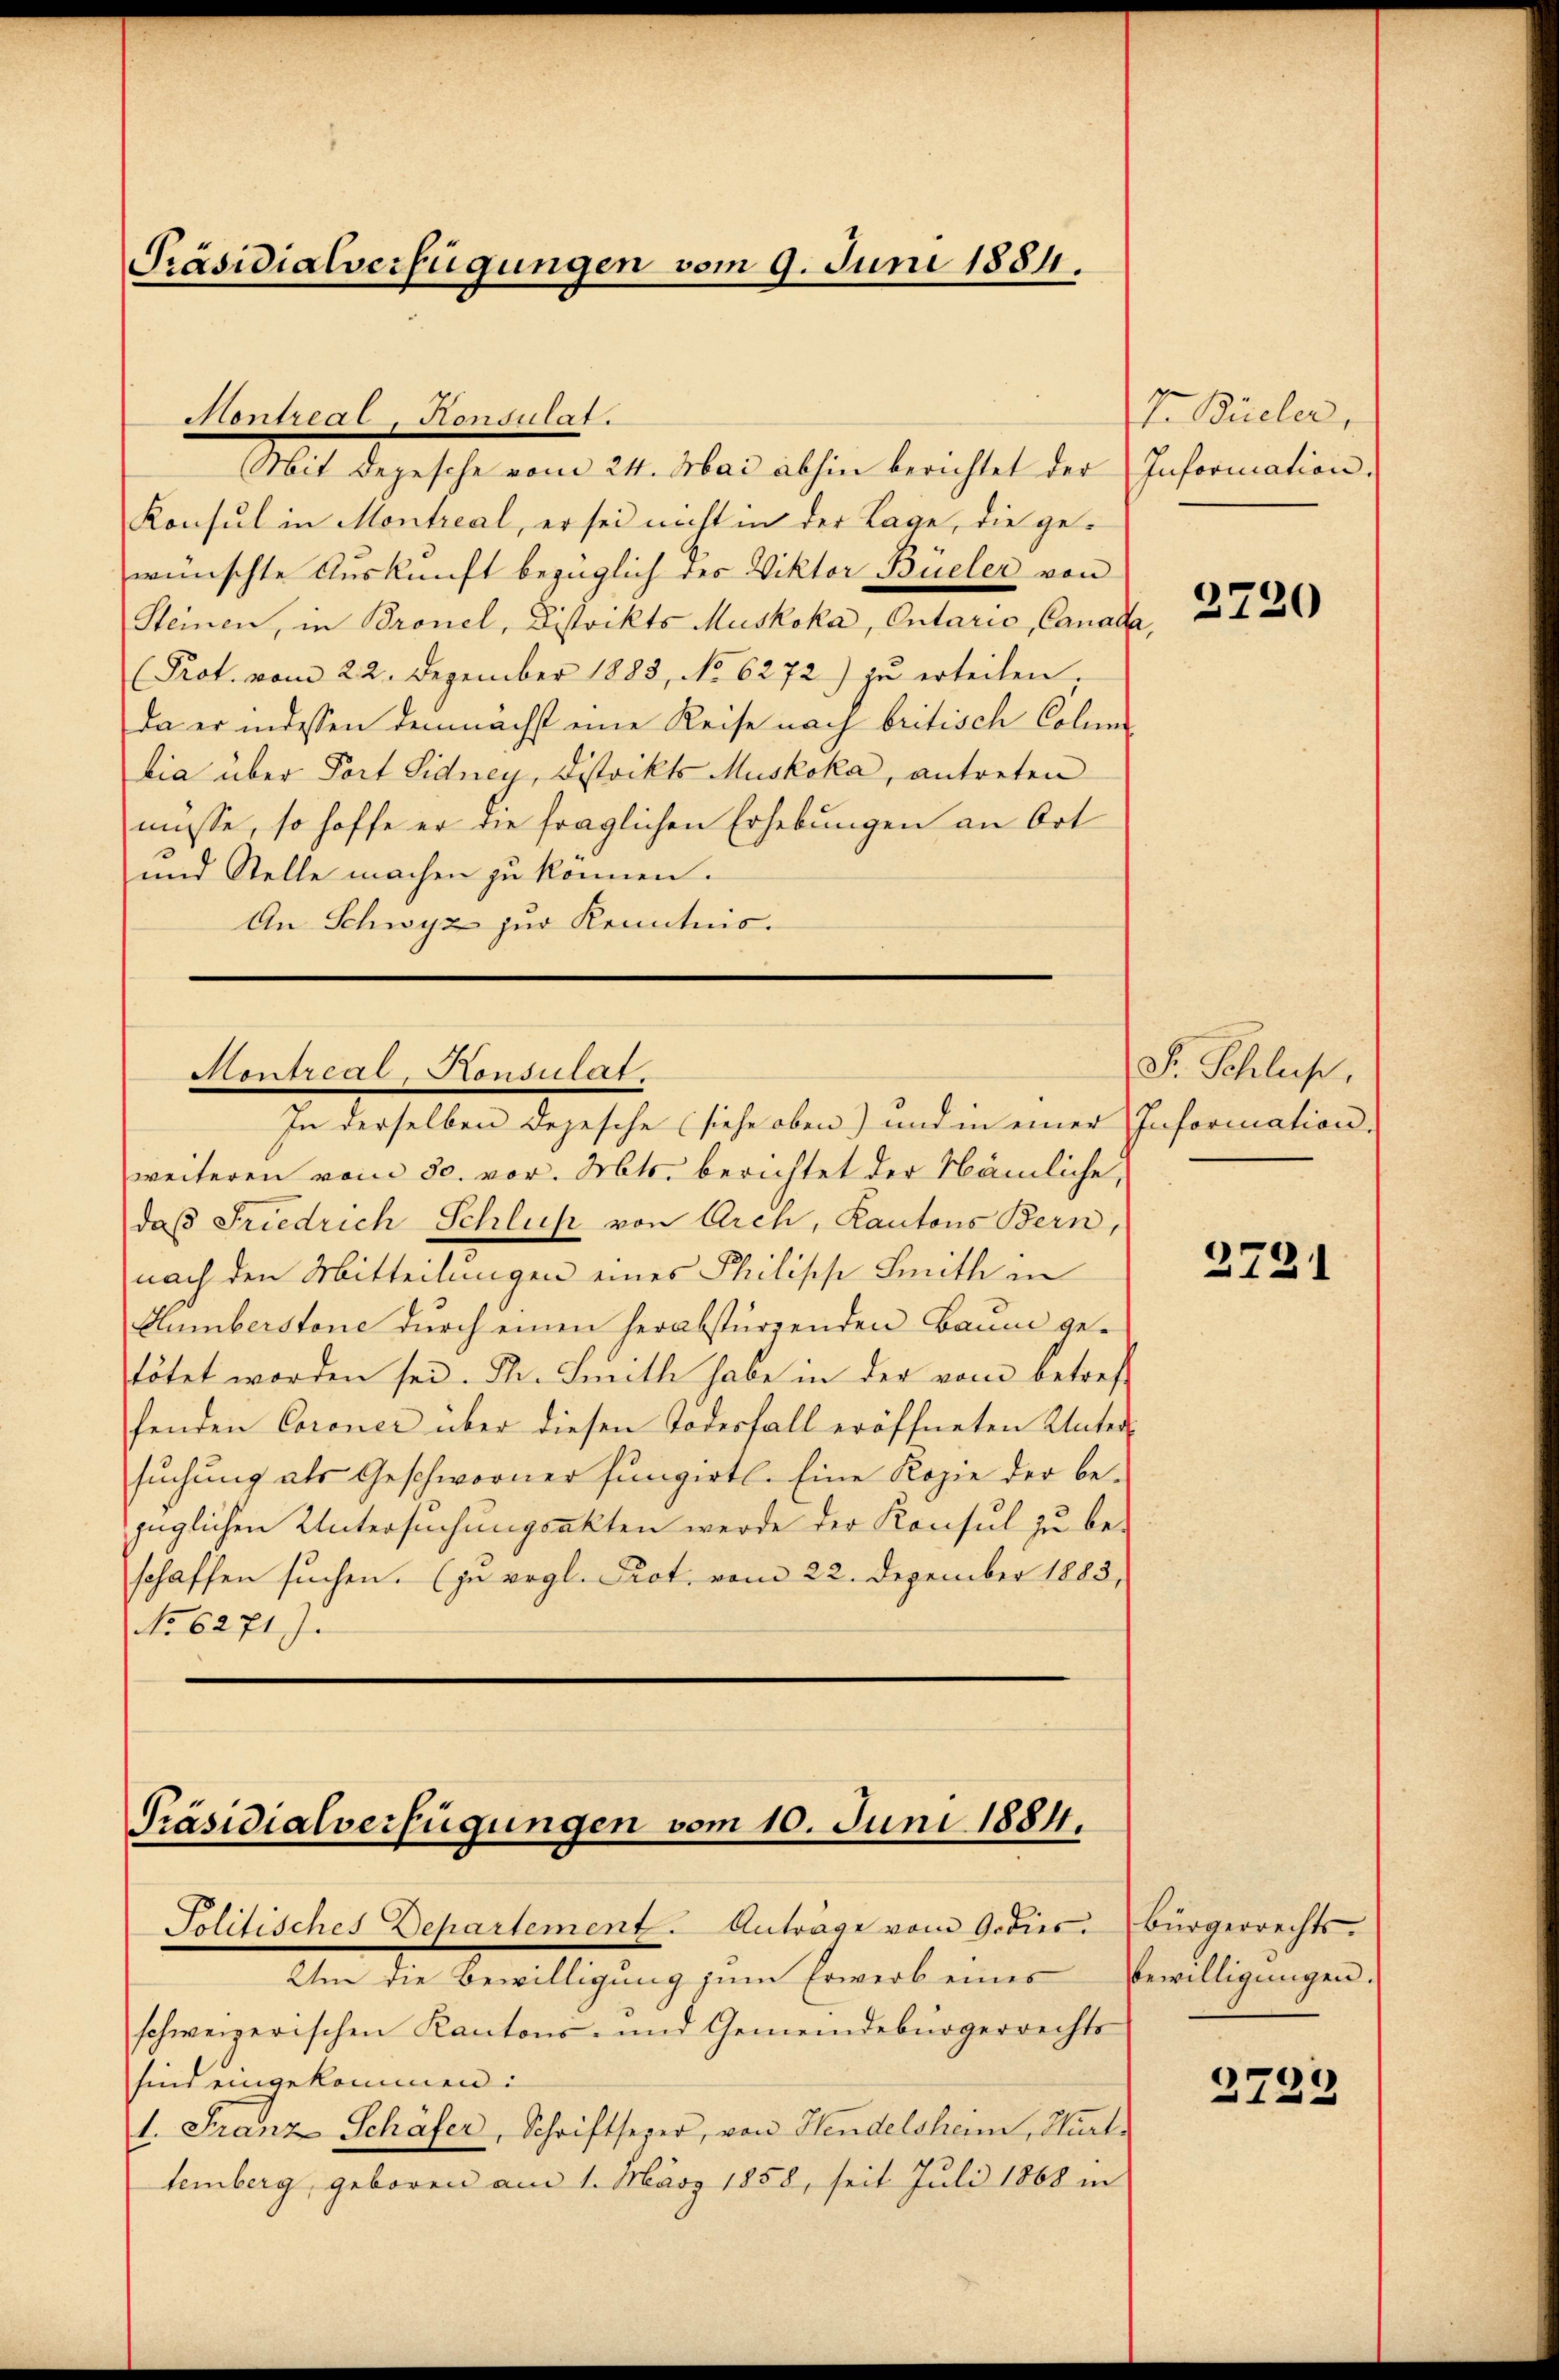
Präsidialverfügungen vom 9. Juni 1884.

Montreal - Konsulat.
Mit depesche vom 24. Mai abhin berichtet der Information.
Konsul in Montreal, er sei nicht in der Lage, die gewünschte Auskunft bezüglich des Viktor Büeler von
Steinen, in Bronel, Distrikts Muskoka, Ontario, Canada,
(Prot. vom 22. Dezember 1883, No 6272) zu erteilen,
da er in dessen demnächst eine Reise nach britisch Colume
bia über Dort Sidney, Distrikts Muskoka, antreten
müsse, so hoffe er die fraglichen Erhebungen an Ort
und Stelle machen zu können.
An Schwyz zur Kenntnis.

Hontreab-Konsulat.
In derselben dejesche (siehe oben) und in einer Information

weiteren vom 30. vor. Mts. berichtet der Nämliche,
daβ Friedrich Schluß von Arch, Kantons Bern,
nach den Mitteilungen eines Philische Smith in
Humberstone durch einen herabstürzenden Baum getötet worden sei. Dn. Seitli habe in der vom betreff
henden Coroner über diesen Todesfall eröffneten Untersuchung als Geschworner fungirtl. Eine Kopie der bezüglichen Untersuchungsakten werde der Konsul zu be-
schaffen suchen. (jn vgl. Prot. vom 22. Dezember 1883,
No 6271).

Präsidialverfügungen vom 10. Juni 1884.
Politisches Departement. Anträge vom Gedies

Um die Bewilligung zum Erwerb eines
schweizerischen Kantons- und Gemeindebürgerrechts
sind eingekommen:
1. Franz Schäfer, Schriftseper, von Handelshain, Hart-
temberg, geboren am 1. März 1858, seit Juli 1868 in

T. Büeler,

2720

F. Schließ,

2721

Bürgerrechts.
bewilligungen.

3723